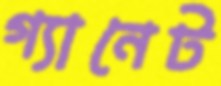
গ্যানেট